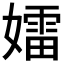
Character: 𡢽